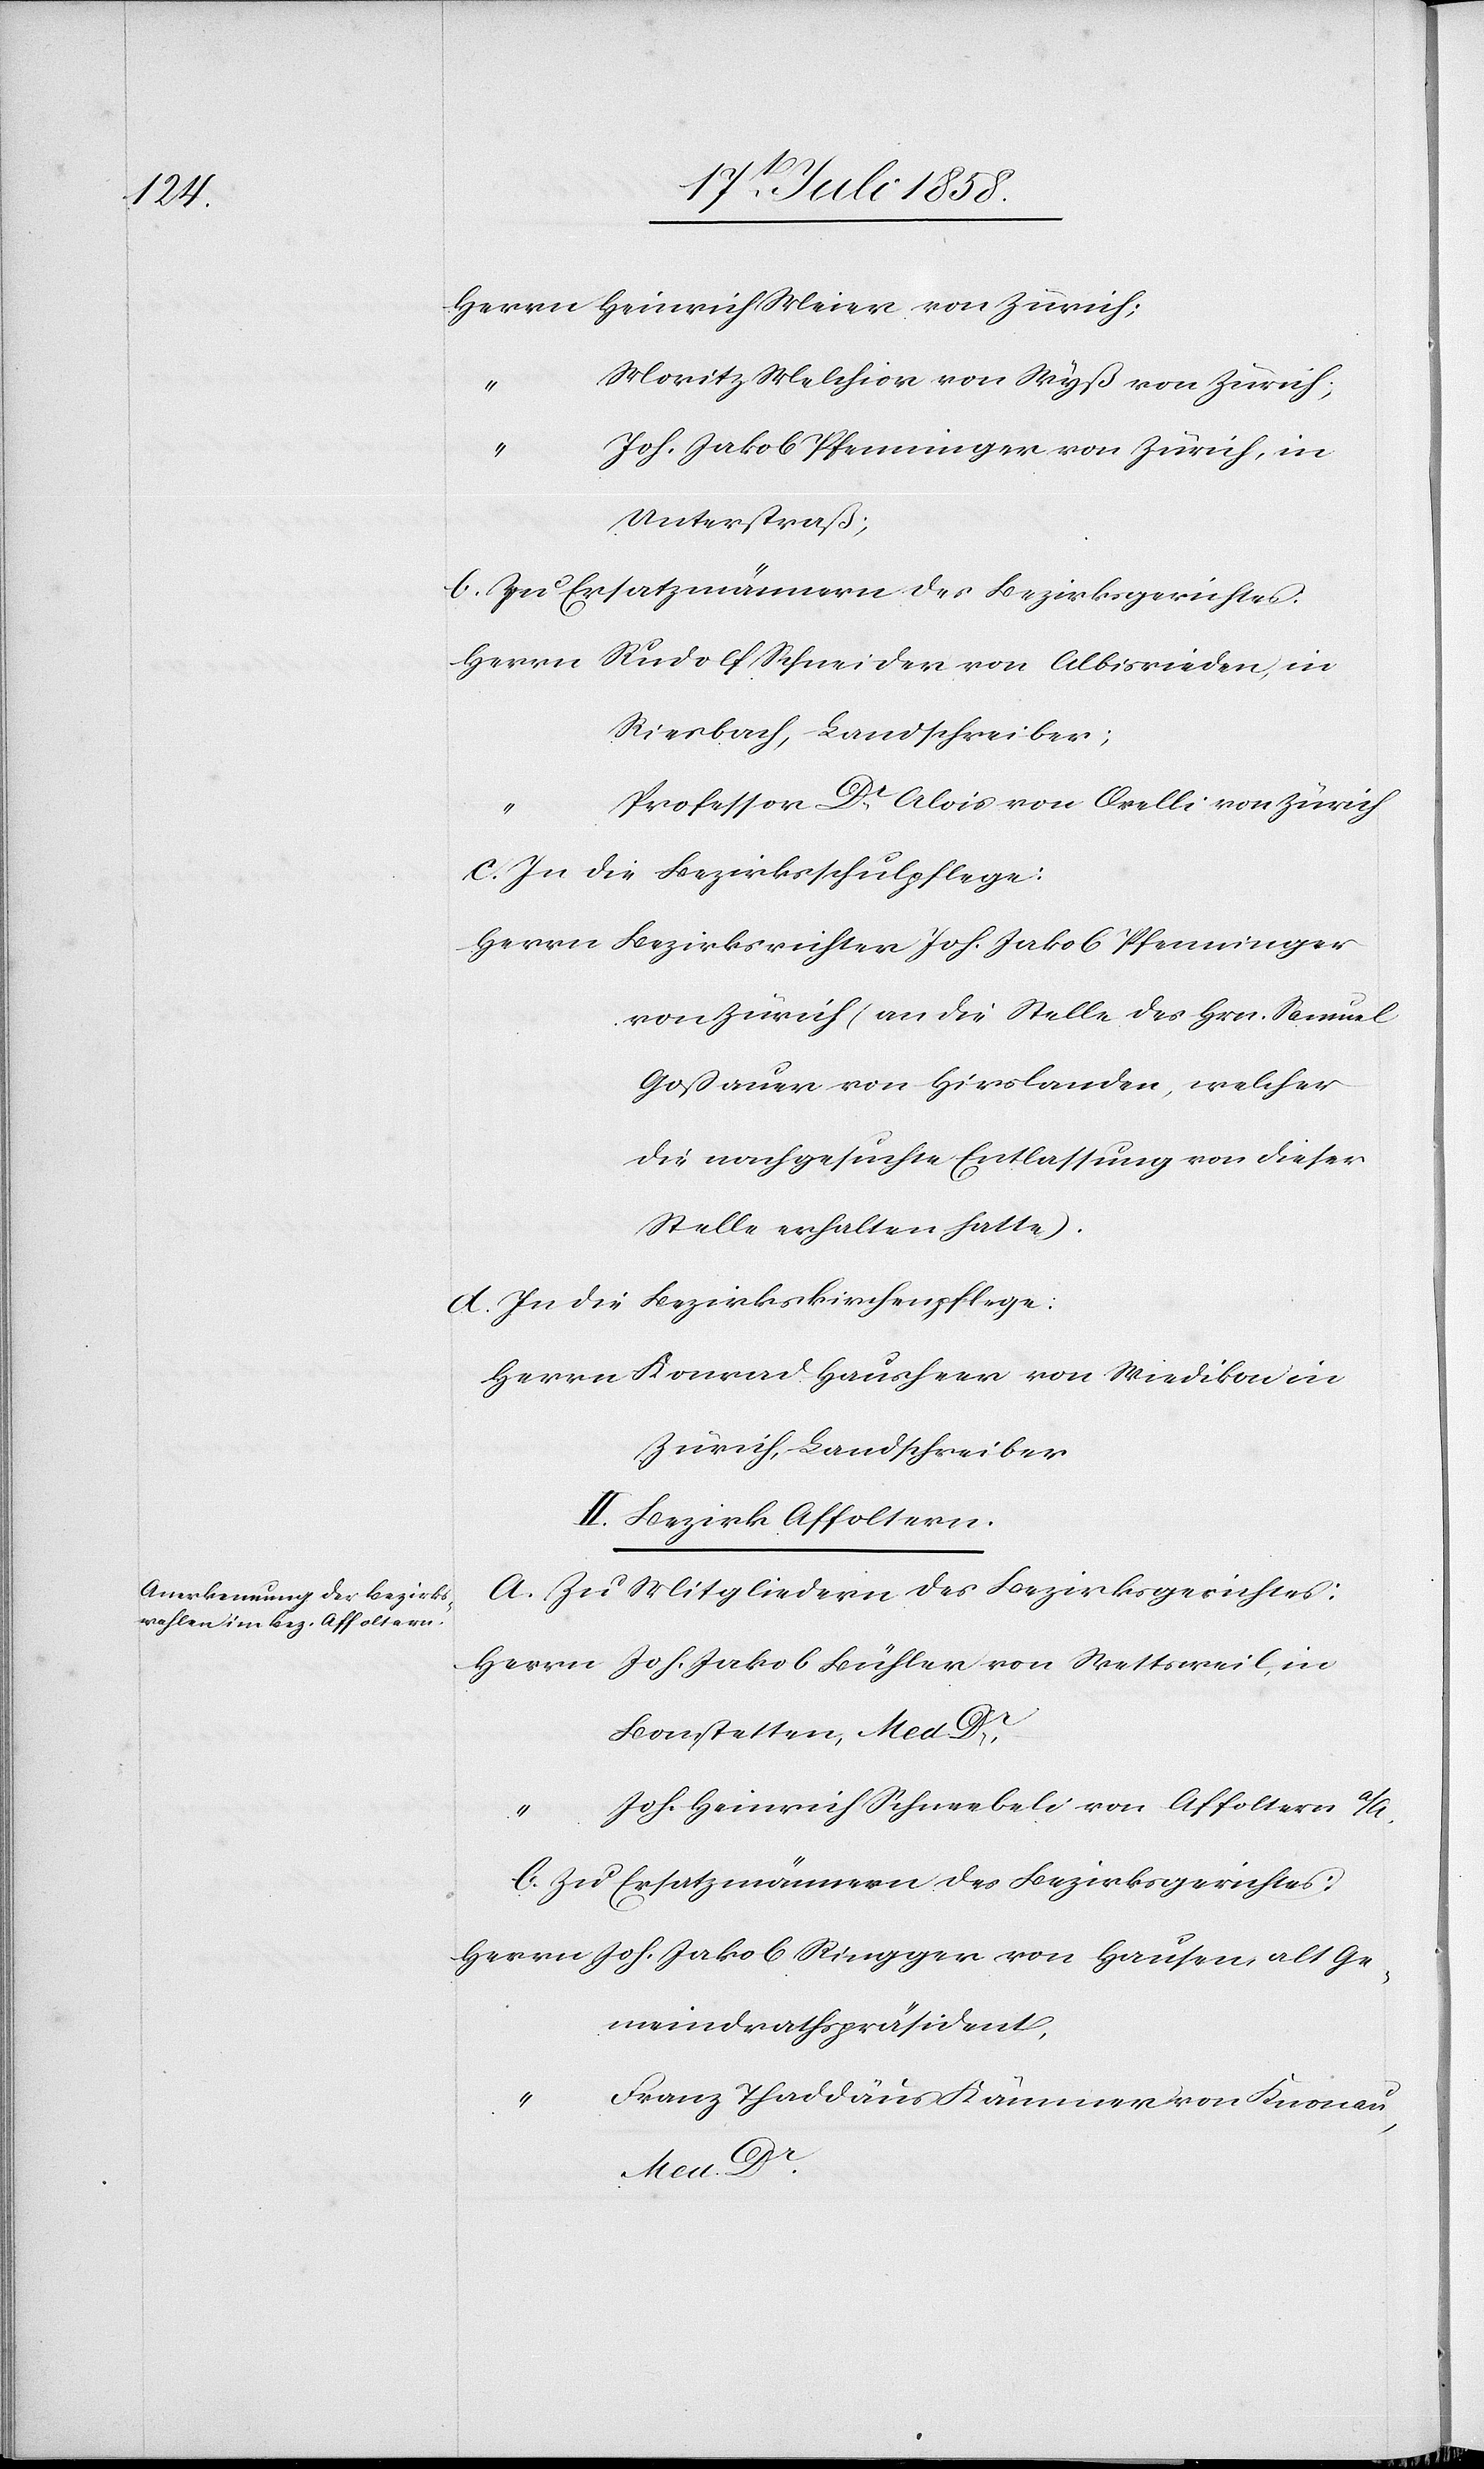
Herrn Heinrich Meier von Zürich;
Moritz Melchior von Wyß von Zürich;
“
Joh. Jakob Pfenninger von Zürich, in
Unterstraß;
b. Zu Ersatzmännern des Bezirksgerichtes:
Herrn
Rudolf Schneider von Albisrieden, in
Riesbach, Landschreiber;
Professor Dr. Alois von Orelli von Zürich
Dr.
c. In die Bezirksschulpflege:
Herrn Bezirksrichter Joh. Jakob Pfenninger
von Zürich (an die Stelle des Hrn. Samuel
Goßauer von Hirslanden, welcher
die nachgesuchte Entlassung von dieser
d. In die Bezirkskirchenpflege:
Herrn Konrad Hausheer von Wiedikon in
Zürich, Landschreiber[.]
II. Bezirk Affoltern.
a. Zu Mitgliedern des Bezirksgerichtes:
Joh. Jakob Bühler von Wettsweil, in
Bonstetten, Med. Dr.,
Joh. Heinrich Schneebeli von Affoltern a/A,
b. Zu Ersatzmännern des Bezirksgerichtes:
Herrn Joh. Jakob Ringger von Hausen, alt Ge¬
meindrathspräsident,
“
Franz Thaddäus Kämmer von Knonau,